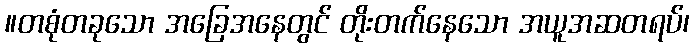
။တစုံတခုသော အခြေအနေတွင် တိုးတက်နေသော အယူအဆတရပ်၊